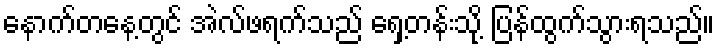
နောက်တနေ့တွင် အဲလ်ဖရက်သည် ရှေ့တန်းသို့ ပြန်ထွက်သွားရသည်။